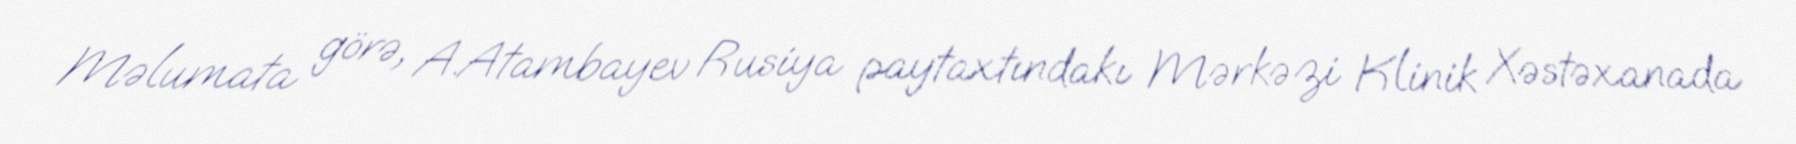
Məlumata görə, A.Atambayev Rusiya paytaxtındakı Mərkəzi Klinik Xəstəxanada